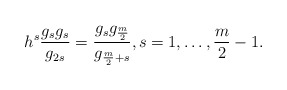
\begin{align*}h^s\frac{g_sg_s}{g_{2s}}=\frac{g_sg_{\frac{m}{2}}}{g_{\frac{m}{2}+s}},s=1,\dots,\frac{m}{2}-1.\end{align*}